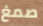
صمغ